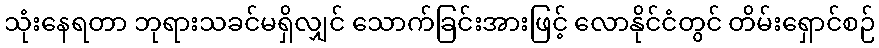
သုံးနေရတာ ဘုရားသခင်မရှိလျှင် သောက်ခြင်းအားဖြင့် လောနိုင်ငံတွင် တိမ်းရှောင်စဉ်